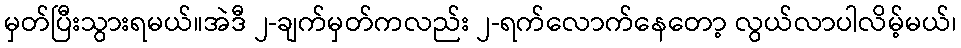
မှတ်ပြီးသွားရမယ်။အဲဒီ ၂-ချက်မှတ်ကလည်း ၂-ရက်လောက်နေတော့ လွယ်လာပါလိမ့်မယ်၊